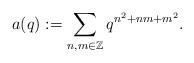
LaTeX: \begin{align*}a(q):=\sum_{n,m\in\mathbb{Z}}q^{n^2+nm+m^2}.\end{align*}